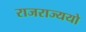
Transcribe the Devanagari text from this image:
राजराज्ययो